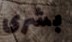
بشرى